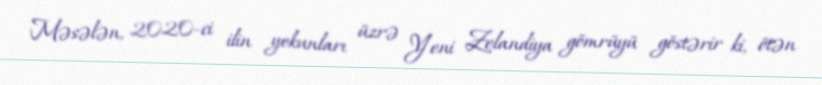
Məsələn, 2020-ci ilin yekunları üzrə Yeni Zelandiya gömrüyü göstərir ki, ötən